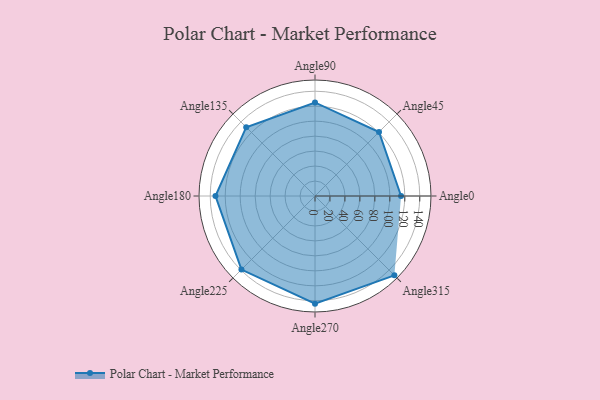
{"axis": {"x": "Angle", "y": "Radius"}, "legend": [""], "data": [{"x": "Angle0", "y": 115.0, "type": ""}, {"x": "Angle45", "y": 121.0, "type": ""}, {"x": "Angle90", "y": 125.0, "type": ""}, {"x": "Angle135", "y": 130.0, "type": ""}, {"x": "Angle180", "y": 133.0, "type": ""}, {"x": "Angle225", "y": 139.0, "type": ""}, {"x": "Angle270", "y": 144.0, "type": ""}, {"x": "Angle315", "y": 150.0, "type": ""}]}